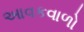
આવકવાળો